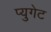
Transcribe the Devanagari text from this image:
प्युगेट